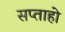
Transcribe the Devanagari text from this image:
सप्ताहो